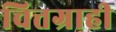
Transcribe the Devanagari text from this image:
चित्तग्राही